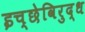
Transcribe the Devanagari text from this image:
इच्छेविरुद्ध